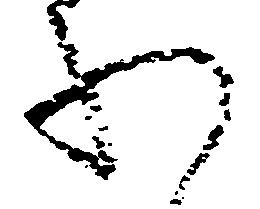
わ